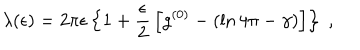
LaTeX: \lambda ( \epsilon ) = 2 \pi \epsilon \left\{ 1 + \frac { \epsilon } { 2 } \, \left[ g ^ { ( 0 ) } - \left( \ln 4 \pi - \gamma \right) \right] \right\} \; ,